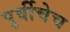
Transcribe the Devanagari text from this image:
पुर्वीचेच